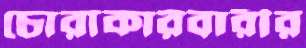
চোরাকারবারীর